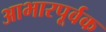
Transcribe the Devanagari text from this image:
आभारपूर्वक